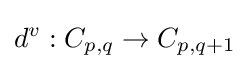
d^{v}:C_{p,q}\to C_{p,q+1}